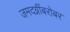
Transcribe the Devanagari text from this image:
जमदग्नींबरोबर